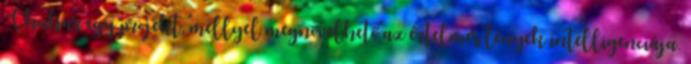
Chubar egy projekt, mellyel megnövelhető az értelmes lények intelligenciája.